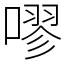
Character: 嘐